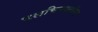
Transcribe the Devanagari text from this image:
चलचित्रपटांचा